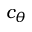
c _ { \theta }